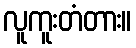
လူကူးတံတား။